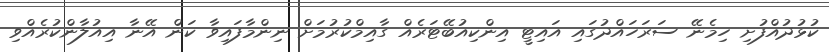
ކުޅުދުއްފުށި ހިމެނޭ ސަރަހައްދުގައި އައިޓީ އިންކިއުބޭޓަރެއް ގާއިމްކުރުމަށް ނިންމާފައިވާ ކަން އޭނާ އިއުލާންކުރެއްވި